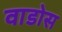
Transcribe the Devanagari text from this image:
वाडोस